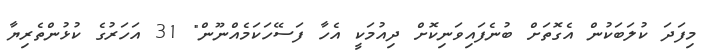
މިފަދަ ކުލަބަކުން އެގޮތަށް ބުނެފައިވަނިކޮށް ދިއުމަކީ އެހާ ފަސޭހަކަމެއްްނޫން" 31 އަހަރުގެ ކުޅުންތެރިޔާ